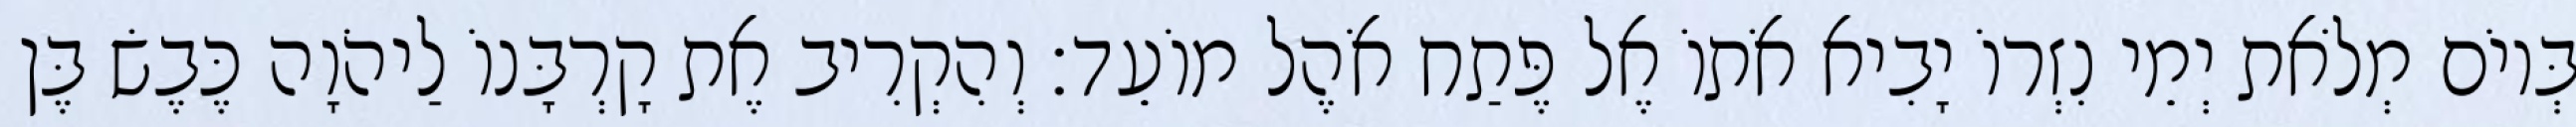
בְּיוֹם מְלֹאת יְמֵי נִזְרוֹ יָבִיא אֹתוֹ אֶל פֶּתַח אֹהֶל מוֹעֵד׃ וְהִקְרִיב אֶת קָרְבָּנוֹ לַיהֹוָה כֶּבֶשׂ בֶּן